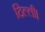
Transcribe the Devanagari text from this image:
दिल्‍ली।